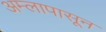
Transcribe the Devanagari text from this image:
अम्लापासून